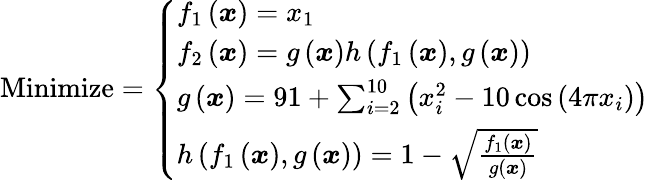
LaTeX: {\mathrm{Minimize}}={\left\{ \begin{array}{ll}{f_{1}\left({\boldsymbol{x}}\right)=x_{1}}\\ {f_{2}\left({\boldsymbol{x}}\right)=g\left({\boldsymbol{x}}\right)h\left(f_{1}\left({\boldsymbol{x}}\right),g\left({\boldsymbol{x}}\right)\right)}\\ {g\left({\boldsymbol{x}}\right)=91+\sum_{i=2}^{10}\left(x_{i}^{2}-10\cos\left(4\pi x_{i}\right)\right)}\\ {h\left(f_{1}\left({\boldsymbol{x}}\right),g\left({\boldsymbol{x}}\right)\right)=1-{\sqrt{\frac{f_{1}\left({\boldsymbol{x}}\right)}{g\left({\boldsymbol{x}}\right)}}}}\end{array}\right.}